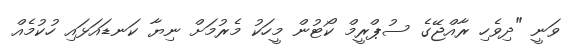
ވަނީ "ދިވެހި ރާއްޖޭގެ ސުޕްރީމް ކޯޓުން މީހަކު މެރުމަށް ނިޔާ ކަނޑައަޅައި ހުކުމެއް